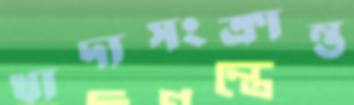
খাদ্যসংক্রান্ত